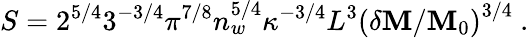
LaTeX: S=2^{5/4}3^{-3/4}\pi^{7/8}n_{w}^{5/4}\kappa^{-3/4}L^{3}\left(\delta\mathbf{M}/\mathbf{M}_{0}\right)^{3/4}\ .